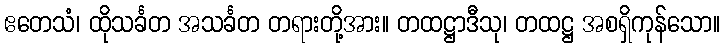
ဧတေသံ၊ ထိုသင်္ခတ အသင်္ခတ တရားတို့အား။ တထဋ္ဌာဒီသု၊ တထဋ္ဌ အစရှိကုန်သော။